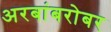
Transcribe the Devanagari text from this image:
अरबांबरोबर